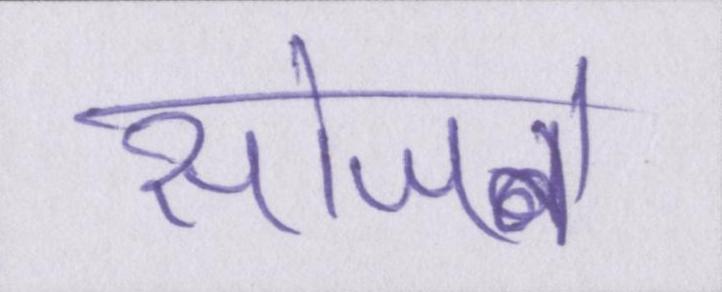
सोजने